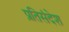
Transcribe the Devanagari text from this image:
प्रतिसंदेश